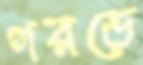
গরভে